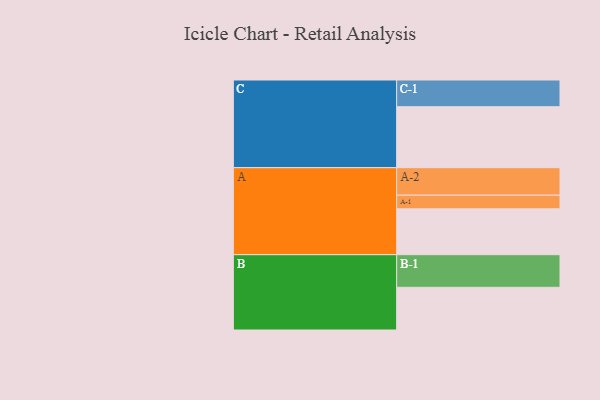
{"axis": {"x": "Segment", "y": "Value"}, "legend": ["", "A", "B", "C"], "data": [{"x": "A", "y": 419, "type": ""}, {"x": "B", "y": 390, "type": ""}, {"x": "C", "y": 557, "type": ""}, {"x": "A-1", "y": 125, "type": "A"}, {"x": "A-2", "y": 251, "type": "A"}, {"x": "B-1", "y": 298, "type": "B"}, {"x": "C-1", "y": 244, "type": "C"}]}